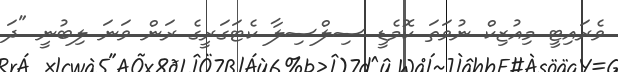
ވެރައިޓީ މިއުޒިކް ނުވަތަ ކޮމެޑީ ސިލްސިލާ ކެޓަގަރީގެ ރަން ވަނަ ލިބުނީ "ދަ